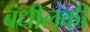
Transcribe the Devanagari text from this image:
बंधीलकी